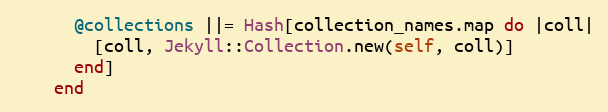
Language: Ruby
      @collections ||= Hash[collection_names.map do |coll|
        [coll, Jekyll::Collection.new(self, coll)]
      end]
    end